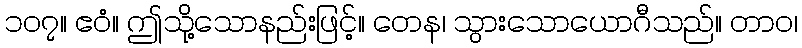
၁၀၇။ ဧဝံ။ ဤသို့သောနည်းဖြင့်။ တေန၊ သွားသောယောဂီသည်။ တာဝ၊